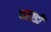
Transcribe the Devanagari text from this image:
पहाडी